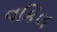
વકિલ